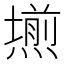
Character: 𭶊